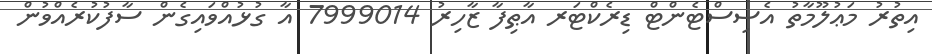
އިތުރު މަޢުލޫމާތު އެސިސްޓެންޓް ޑިރެކްޓަރ އާޠިފާ ޒާހިރު 7999014 އާ ގުޅުއްވައިގެން ސާފުކުރެއްވުން